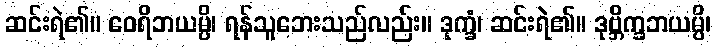
ဆင်းရဲ၏။ ဝေရိဘယမ္ပိ၊ ရန်သူဘေးသည်လည်း။ ဒုက္ခံ၊ ဆင်းရဲ၏။ ဒုဗ္ဘိက္ခဘယမ္ပိ၊